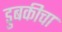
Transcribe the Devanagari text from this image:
डुबकीचा